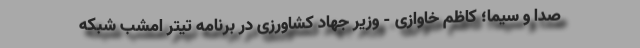
صدا و سیما؛ کاظم خاوازی - وزیر جهاد کشاورزی در برنامه تیتر امشب شبکه